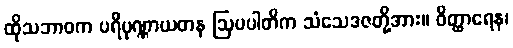
ထိုသဘာဝက ပရိပုဏ္ဏာယတန ဩပပါတိက သံသေဒဇတို့အား။ ဝိတ္ထာရေန၊